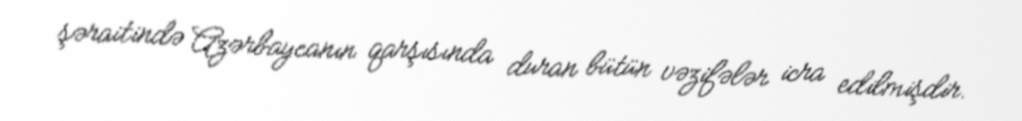
şəraitində Azərbaycanın qarşısında duran bütün vəzifələr icra edilmişdir.